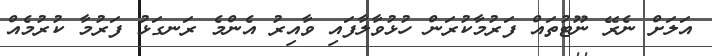
އަލަށް ނެރޭ ނޫޓުތައް ފަރުމާކުރަން ހުޅުވާލާފައި ވާއިރު އެންމެ ރަނގަޅު ފަރުމާ ކުރުމެއް